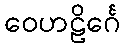
ဝေဟဠိင်္ဂေ